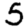
Digit: 5